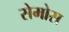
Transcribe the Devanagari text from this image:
सेमोस